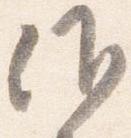
仰